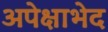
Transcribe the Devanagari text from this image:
अपेक्षाभेद